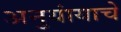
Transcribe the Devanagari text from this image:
अनुयांयाचे